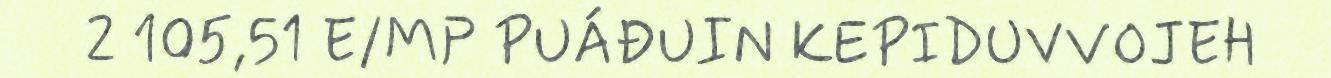
2 105,51 E/MP PUÁĐUIN KEPIDUVVOJEH